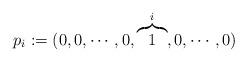
LaTeX: \begin{align*}p_{i} := (0,0,\cdots,0,\overbrace{1}^{i},0,\cdots,0)\end{align*}